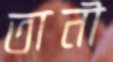
তানী